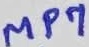
Text: MP7